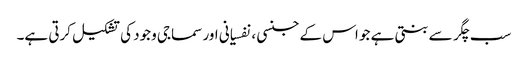
سب چگر سے بنتی ہے جو اس کے جنسی ، نفسیانی اور سماجی وجود کی تشکیل کرتی ہے۔